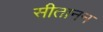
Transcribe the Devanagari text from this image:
सीतानन